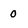
Character: 0